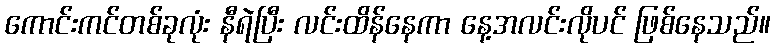
ကောင်းကင်တစ်ခုလုံး နီရဲပြီး လင်းထိန်နေကာ နေ့အလင်းလိုပင် ဖြစ်နေသည်။